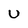
Character: U